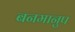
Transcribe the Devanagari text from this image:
बनमानुप